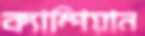
ক্যাম্পিয়ান